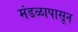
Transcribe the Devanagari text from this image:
मंडळापासून